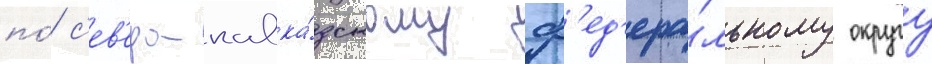
по́ с'ев'еро-кавка́зскому ф'ед'ера́льному округу